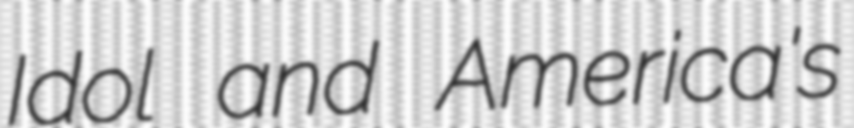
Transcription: Idol and America's